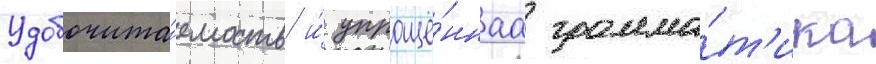
Удобочита́емость и́ упрощё́ннаа грамма́т'ика